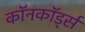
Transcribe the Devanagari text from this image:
कॉनकॉर्ड्स